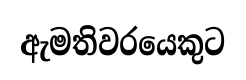
ඇමතිවරයෙකුට